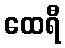
ထေရီ